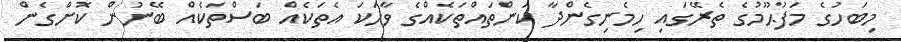
މިބަހުގެ މަފުޙޫމުގެ ތެރޭގައި ހިމެނިގެންދާ ކަންތައްތަކެއްގެ ވާހަކަ އެތަކެއް ބަސްތަކެއް ބޭނުން ކޮށްގެން